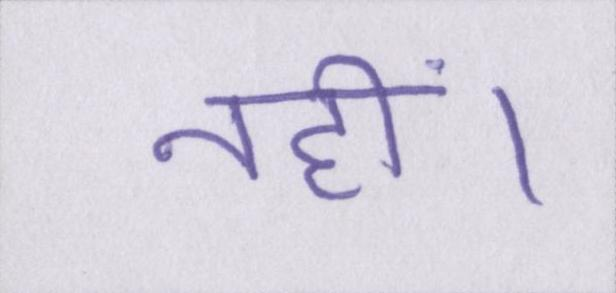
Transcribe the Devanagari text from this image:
नहीं।